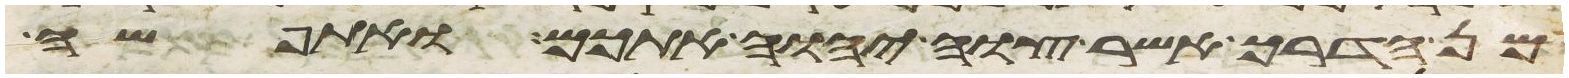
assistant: מן הדרך אשר צוה יהוה אתכם ואתפשה